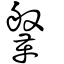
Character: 鞶